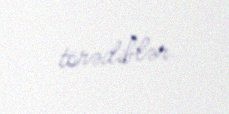
törədiblər.